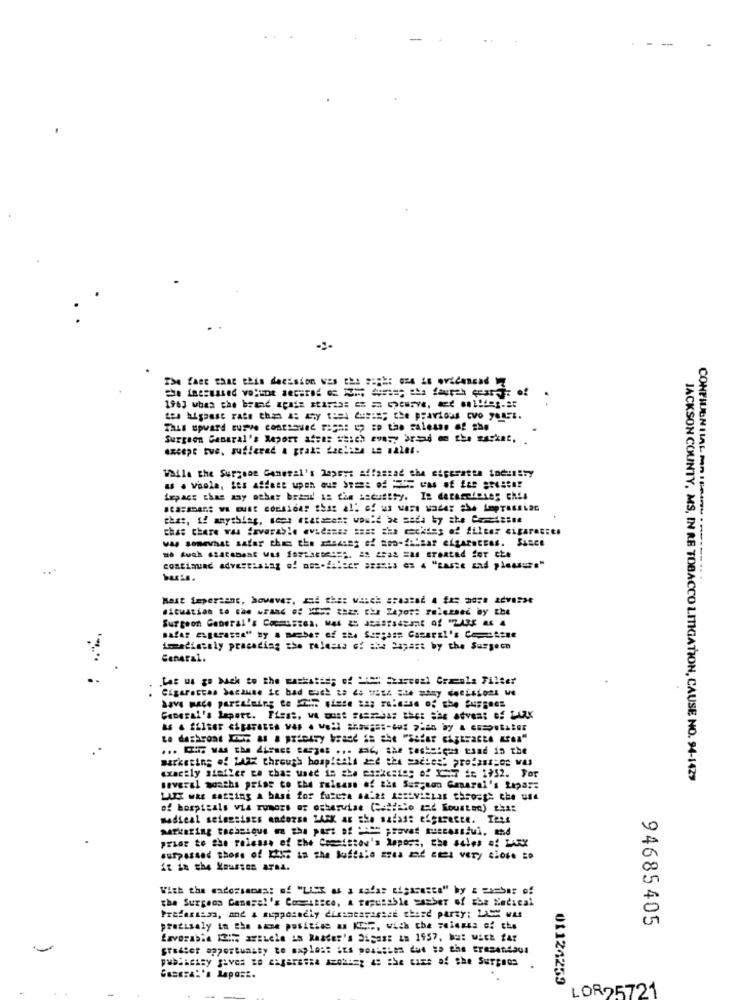
The fact that this decision was the sick: Gre in oricmond
tes highest rate than a: any t == s dus ==; the pravious cvo yenEL.
Surgeon Ganaral's Report :a: suich every brad o the Basket. .
except tue, suffered a prak: dachina is maler.
While the Surgeon General's hapert affaszad the sigeratte industry
impact chas any other brand! is the security. In deraredeneg chis
chas chere was favorable avidamas sza: cha mckiss of filter cigarettes
was somewhat satar ches the showset of son-filsar elgaratres. Since
CONFIDENTIAL ====********
Mast Sepertant, however, and the: which staazać 4 fe; mon Adva234
Surgeon General's Costos. M 2 Jástadt of "2ARE &6 4
safer egerasse" by a meber of the Surpass Cazarıl's Cepatene
immediately pracading she relessa of the Papast by the Surgeon
Canaral.
Lar us go back to the raskatis; of == = xarenal Græenla Filter
General's laport. Fiese, we must Fastebas thes che advent of Luax
... IT was the disses cargas ... mah, the rechoices esad in the
marketing of 24RX through hospitals and the sadies" prefans-of was
exactly sinfler ze chas used is the ex:kesie; of IT it 1932. For
JACKSON COUNTY, MS, IN RE TOBACCO LITIGATION, CAUSE NO. 94-1429
several months prise to the falsass of ais Sar;son Ganarel's Lipar:
LUX was satsing a base for futera anlat Restvistas through the use
of hospitals via rumors or otherwise (Cedillo zad Sousten) this
medieal seimesises andozse HAEK as the safast efgarette. Iets
markering tachesque ma gha pars of 1St provas successful. and
prior to the release of the Coaststav's lepost, the sales af LARX
surpassed those of K+K: as she luśćala zzes zać zes very tiose zo
It in the Mousses Area.
With the cadorsanas; of "LISK as a safar cigaraste" by z zambar of
the Surgeon General's Concitace, a reputable susber of the Medical
Profession, and & supposedly dicincarasazt third party: LASK was
precisaly in the same position . KES, wich che zeinnes of che
94685405
Lavorabin ICH; article in Reader's Digest in 1957, Ma: with far
publicisy gives no cigarassa Azokimg as the case of the Surgeos
General's Lapast.
01124259
LOR25721